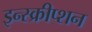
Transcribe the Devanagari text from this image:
इन्स्क्रीप्शन